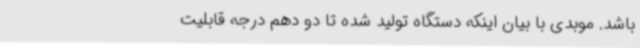
باشد. موبدی با بیان اینکه دستگاه تولید شده تا دو دهم درجه قابلیت